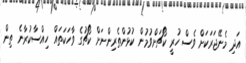
އަދި މެނޭޖަރަކަށް ވެސް ހުރީ ކޯޗަށްވުމުން ކުޅުންތެރިންނަށް ކޯޗުގެ ވާހަކަތައް ހިއްސާކުރާނެ ތިން